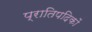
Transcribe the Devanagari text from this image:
प्रातिपदिकों